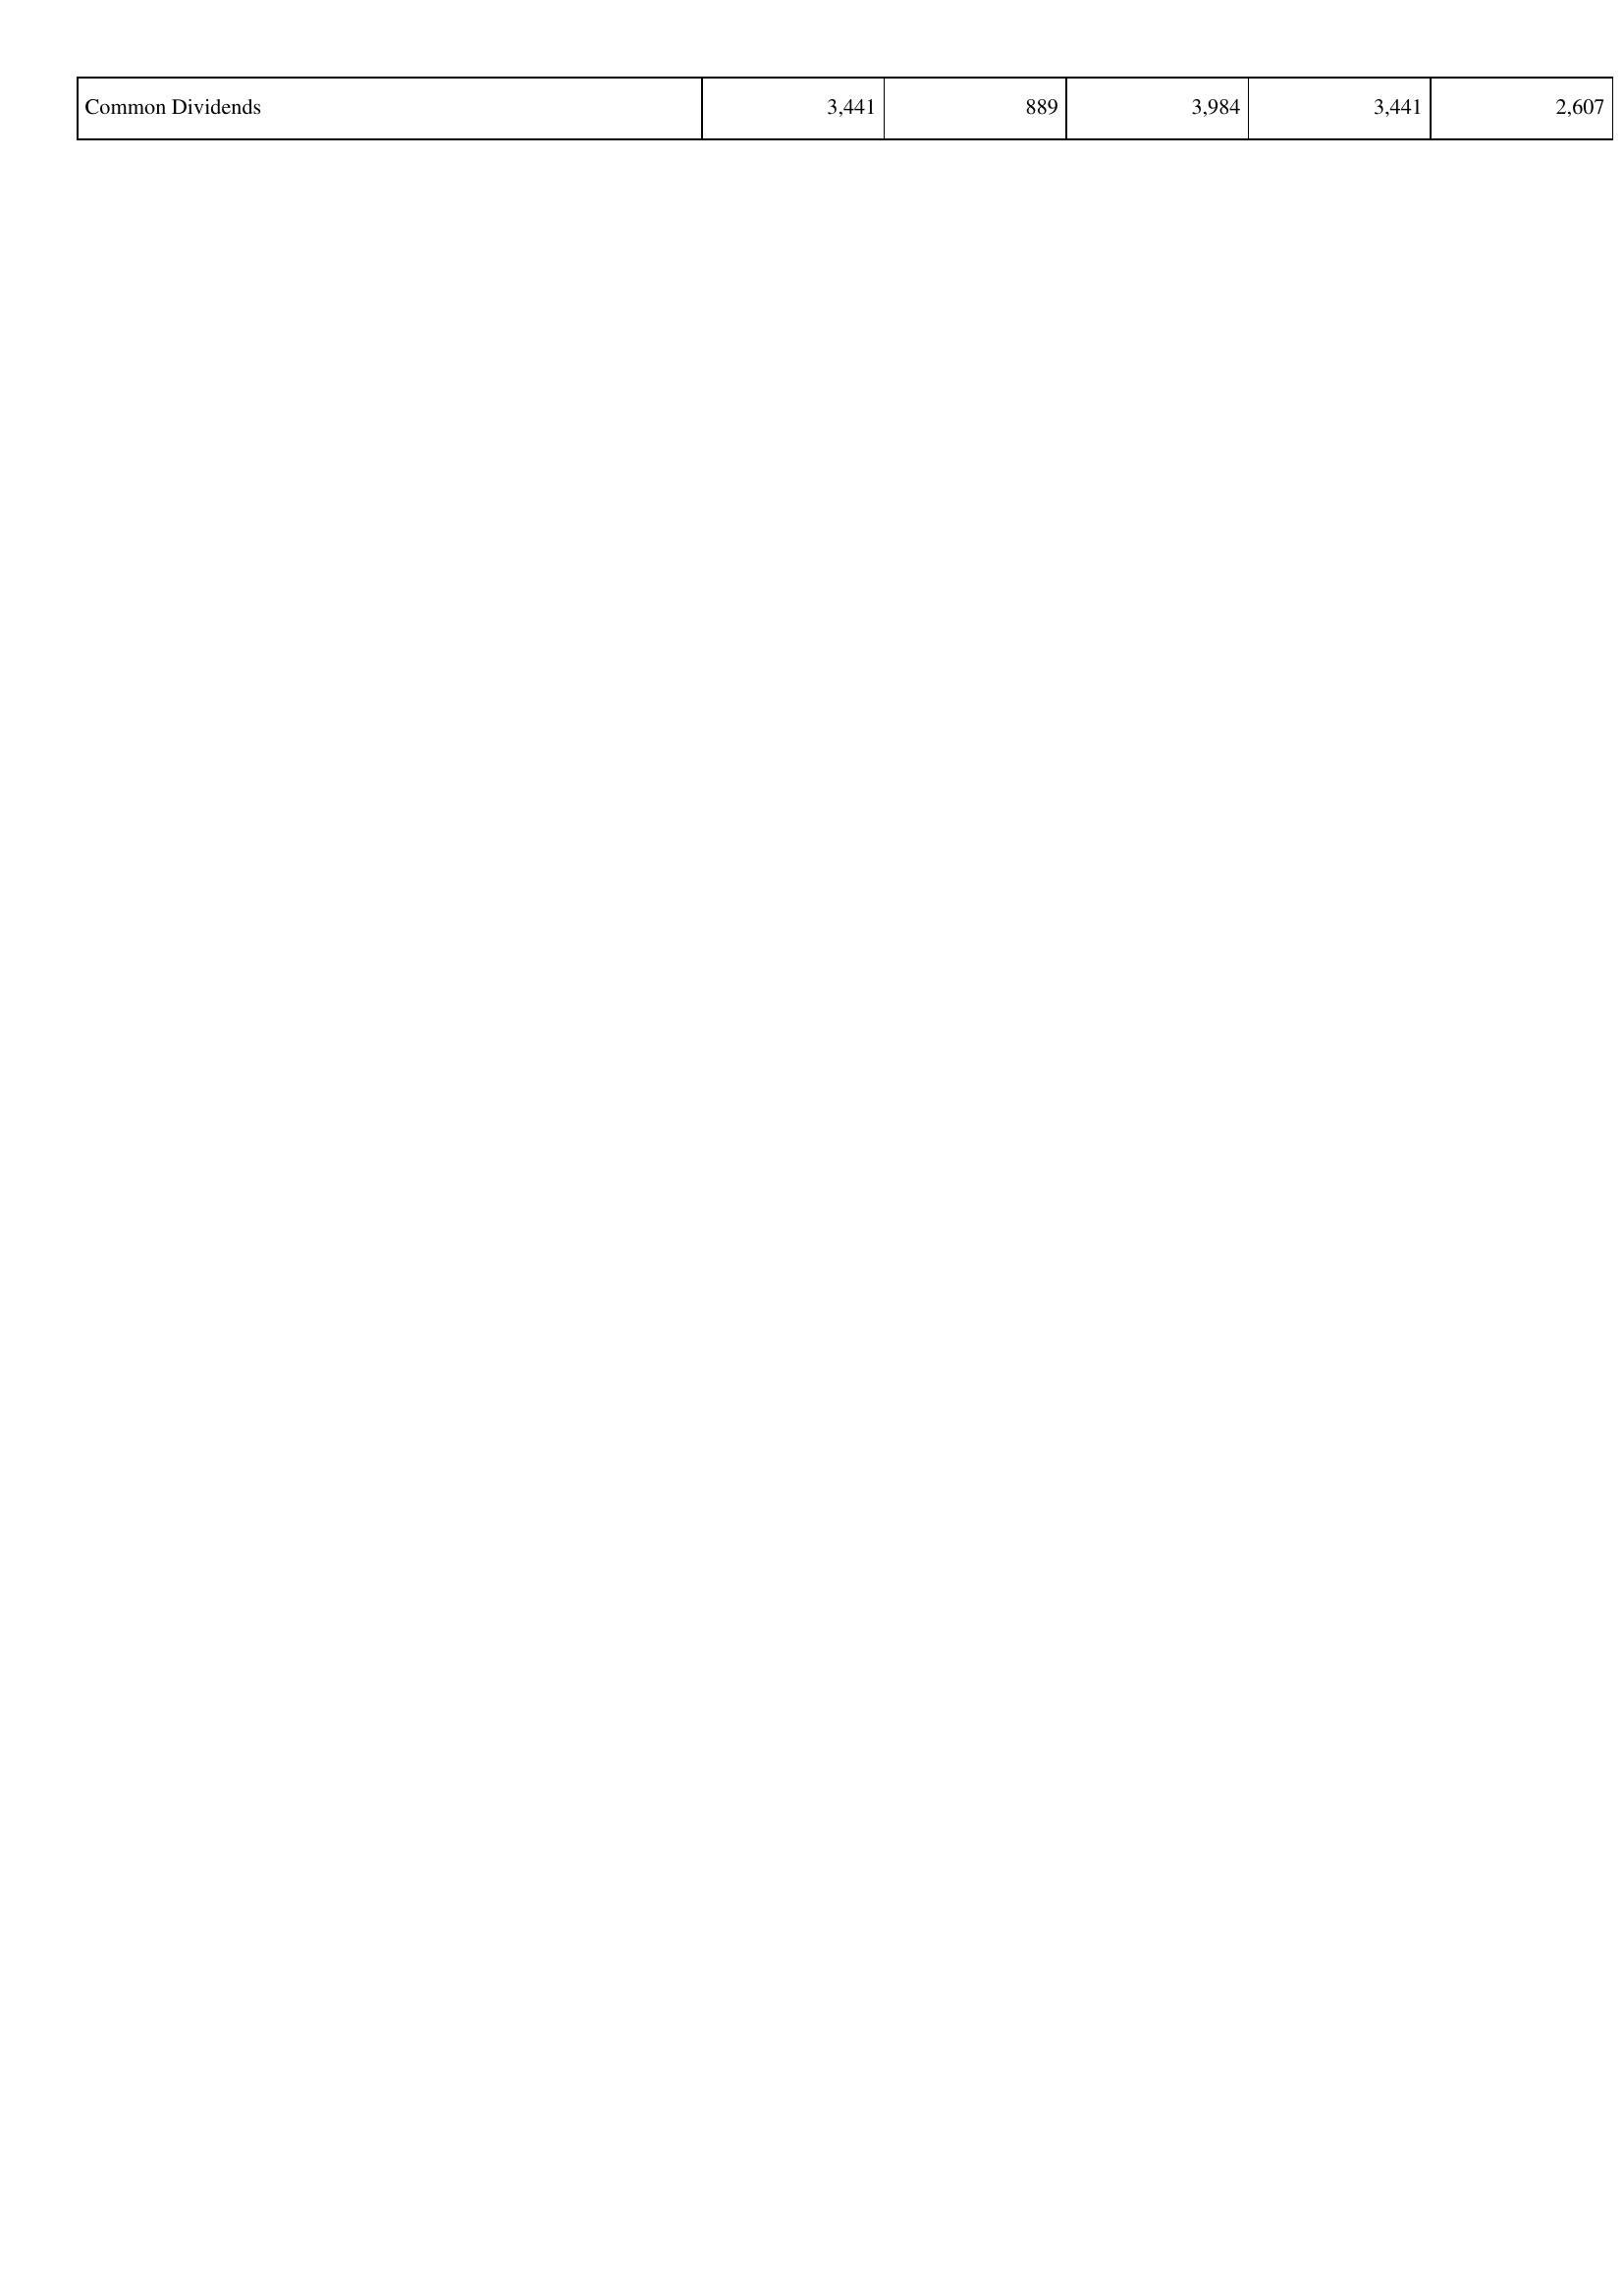
2018: Financing Activities: Common Dividends: 3,441
2019: Financing Activities: Common Dividends: 889
2020: Financing Activities: Common Dividends: 3,984
2021: Financing Activities: Common Dividends: 3,441
2022: Financing Activities: Common Dividends: 2,607